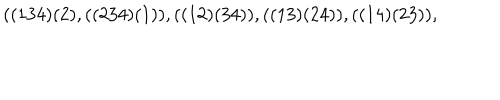
\hspace { 1 i n } ( ( 1 3 4 ) ( 2 ) , ( ( 2 3 4 ) ( 1 ) ) , ( ( 1 2 ) ( 3 4 ) ) , ( ( 1 3 ) ( 2 4 ) ) , ( ( 1 4 ) ( 2 3 ) ) ,